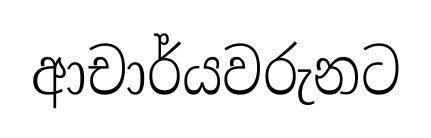
ආචාර්යවරුනට